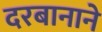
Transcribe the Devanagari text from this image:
दरबानाने